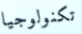
تكنولوجيا